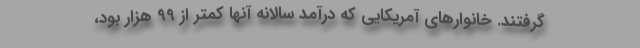
گرفتند. خانوارهای آمریکایی که درآمد سالانه آنها کمتر از 99 هزار بود،